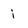
Character: i